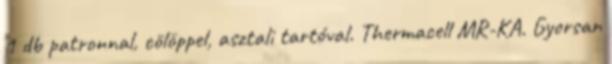
1 db patronnal, cölöppel, asztali tartóval. Thermacell MR-KA. Gyorsan